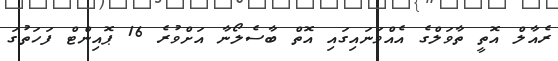
ރެއާލް އޮތީ ތާވަލްގެ އެއްވަނައިގައި އޮތް ބާސެލޯނާ އަށްވުރެ 16 ޕޮއިންޓް ފަހަތުގަ